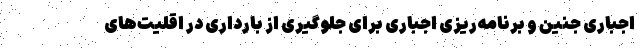
اجباری جنین و برنامه‌ریزی اجباری برای جلوگیری از بارداری در اقلیت‌های